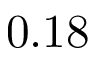
0 . 1 8